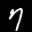
Label: 7